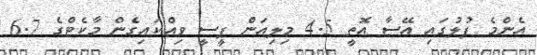
އެންމެ ފުލުގައި އޭސާ އޮތީ 4.5 މިލިއަން ޕީސީ ވިއްކައިގެން މާކެޓްގެ 6.7